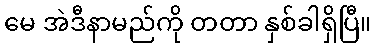
မေ အဲဒီနာမည်ကို တတာ နှစ်ခါရှိပြီ။